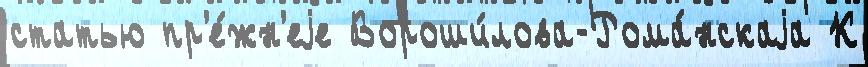
статью пр'е́жн'еjе Вороши́лова-Рома́нскаjа К